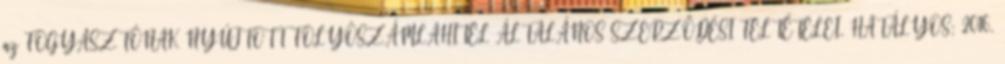
az FOGYASZTÓNAK NYÚJTOTT FOLYÓSZÁMLAHITEL ÁLTALÁNOS SZERZŐDÉSI FELTÉTELEI. HATÁLYOS: 2016.